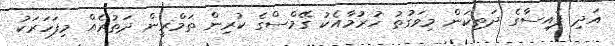
އަދި ފައިސާގެ ދަތިކަން މިވަގުތު ހުރުމާއެކު ގޭމްސްގެ ކުރިން ތަމްރީން ދަތުރެއް މިފަހަރަކު